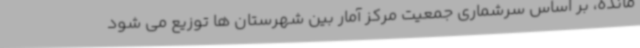
مانده، بر اساس سرشماری جمعیت مرکز آمار بین شهرستان ها توزیع می شود